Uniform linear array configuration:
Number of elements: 24
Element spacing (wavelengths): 1
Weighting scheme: exponential
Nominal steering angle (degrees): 45
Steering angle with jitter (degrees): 43.103
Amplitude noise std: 0.05
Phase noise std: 0.05

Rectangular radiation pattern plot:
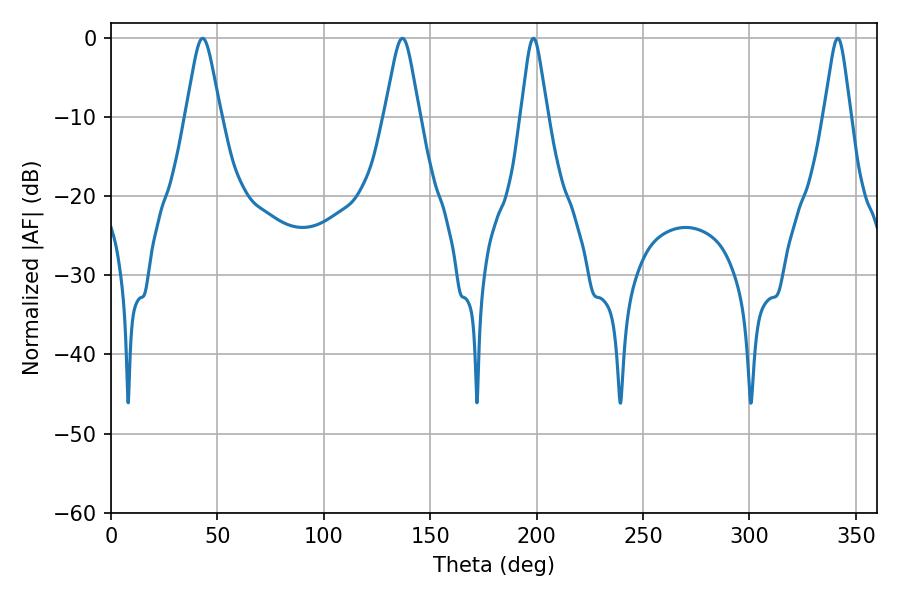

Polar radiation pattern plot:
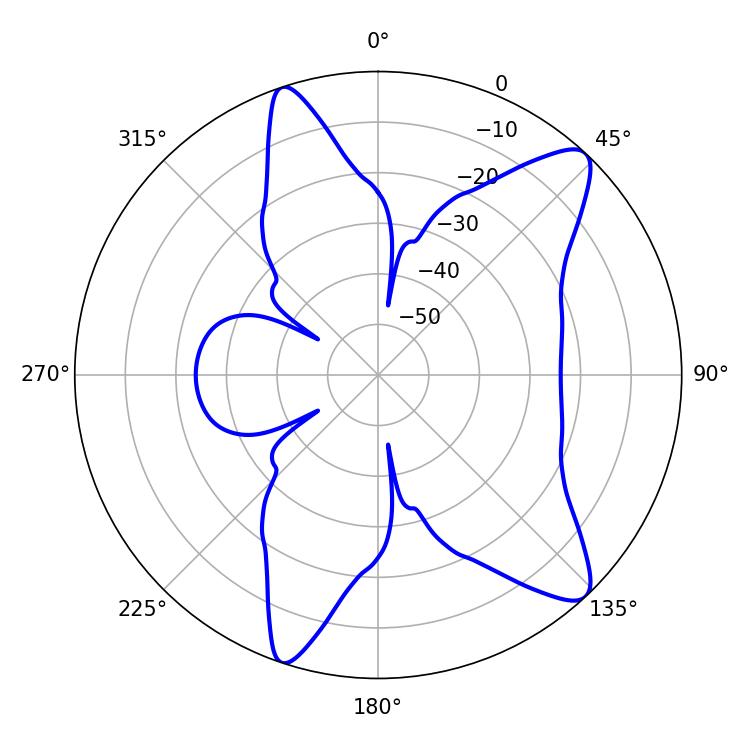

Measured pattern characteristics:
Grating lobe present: TRUE
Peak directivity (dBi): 11.294
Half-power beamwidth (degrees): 7.74
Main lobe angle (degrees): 43.02